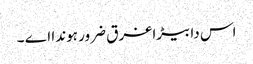
اس دا بیڑا غرق ضرور ہوندا اے ۔